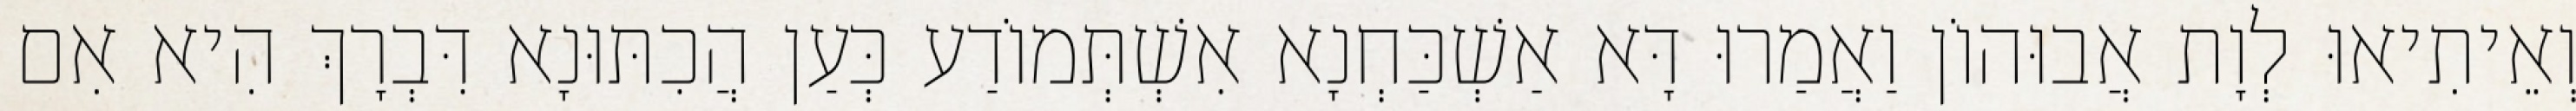
וְאֵיתִיאוּ לְוָת אֲבוּהוֹן וַאֲמַרוּ דָּא אַשְׁכַּחְנָא אִשְׁתְּמוֹדַע כְּעַן הֲכִתּוּנָא דִּבְרָךְ הִיא אִם